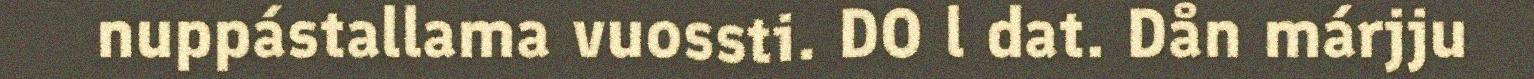
nuppástallama vuossti. DO l dat. Dån márjju